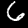
Label: 6